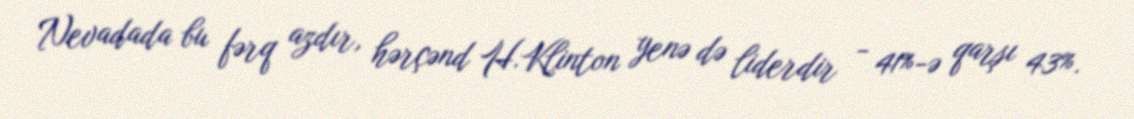
Nevadada bu fərq azdır, hərçənd H.Klinton yenə də liderdir - 41%-ə qarşı 43%.